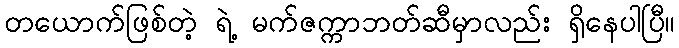
တယောက်ဖြစ်တဲ့ ရဲ့ မက်ဇက္ကာဘတ်ဆီမှာလည်း ရှိနေပါပြီ။